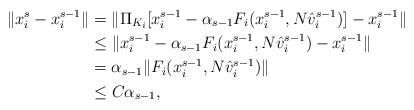
LaTeX: \begin{align*}\|x_i^{s}-x_i^{s-1} \|& = \|\Pi_{K_i}[x_i^{s-1}-\alpha_{s-1} F_i(x_i^{s-1},N\hat v_i^{s-1})]-x_i^{s-1} \| \\& \leq \|x_i^{s-1}-\alpha_{s-1} F_i(x_i^{s-1},N\hat v_i^{s-1})-x_i^{s-1} \| \\& =\alpha_{s-1}\| F_i(x_i^{s-1}, N\hat v_i^{s-1})\|\cr& \le C\alpha_{s-1},\end{align*}